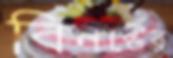
বিনষ্টের